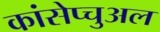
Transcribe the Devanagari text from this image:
कांसेप्चुअल